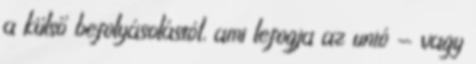
a külső befolyásolástól, ami lefogja az unió - vagy